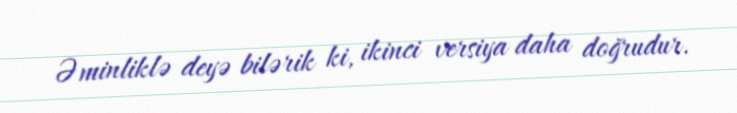
Əminliklə deyə bilərik ki, ikinci versiya daha doğrudur.